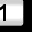
Digit: 1